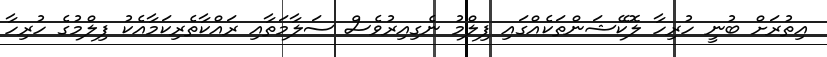
އިތުރަށް ބުނީ ހުރިހާ ލޮކޭޝަންތަކެއްގައި ފިލްމު ނެގިއިރުވެސް ސަލާމަތާއި ރައްކާތެރިކަމާއެކު ފިލްމުގެ ހުރިހާ